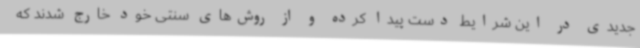
جدیدی در این شرایط دست پیدا کرده و از روش‌های سنتی خود خارج شدند که